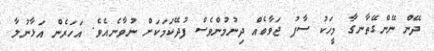
ދޭން ނޭންގޭތާނގާ މީހަކު ސާފު ޖަވާބެއް ދިނުމުންވެސް ފުދޭކަމަކަށް ނުވާނެއެވެ. އަހަރެން އަޅާނުލާ